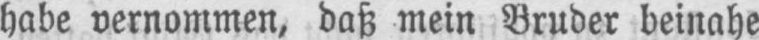
habe vernommen, daß mein Bruder beinahe